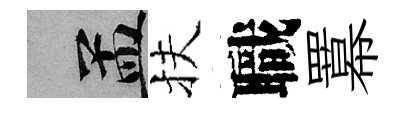
汴扶職羃